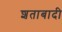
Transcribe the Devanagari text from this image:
शताबादी